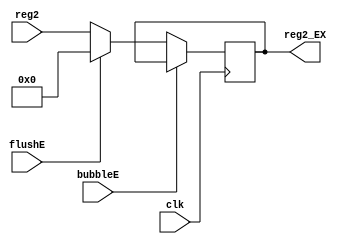
`timescale 1ns / 1ps
//////////////////////////////////////////////////////////////////////////////////
// Company: 
// Engineer: 
// 
// Design Name: 
// Module Name: Reg2_EX
// Project Name: 
// Target Devices: 
// Tool Versions: 
// Description: 
// 
// Dependencies: 
// 
// Revision:
// Revision 0.01 - File Created
// Additional Comments:
// 
//////////////////////////////////////////////////////////////////////////////////


module Reg2_EX(
    input               clk,
    input               bubbleE,
    input               flushE,
    input       [31:0]  reg2,
    output reg  [31:0]  reg2_EX
    );
    
    initial begin
        reg2_EX = 32'b0;
    end
    
    always @(posedge clk) begin
        if(!bubbleE) begin
            if(flushE)begin
                reg2_EX <= 32'b0;
            end else begin
                reg2_EX <= reg2;
            end
        end
    end
    
endmodule